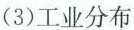
(3)工业分布